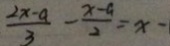
\frac { 2 x - a } { 3 } - \frac { x - a } { 2 } = x -